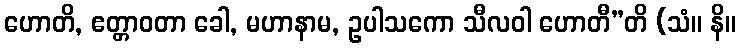
ဟောတိ, ဧတ္တာဝတာ ခေါ, မဟာနာမ, ဥပါသကော သီလဝါ ဟောတီ”တိ (သံ။ နိ။